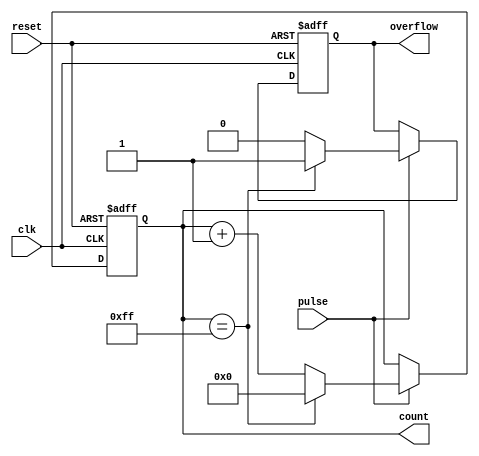
module PulseCounter #(
    parameter N = 8 // Bit width of the counter
) (
    input wire clk,            // Clock signal
    input wire pulse,          // Pulse input signal
    input wire reset,          // Reset signal
    output reg [N-1:0] count,  // Current count value
    output reg overflow        // Overflow signal
);

    // Synchronous reset and counting logic
    always @(posedge clk or posedge reset) begin
        if (reset) begin
            count <= 0;        // Reset the count to zero
            overflow <= 0;     // Clear overflow signal
        end else begin
            if (pulse) begin
                if (count == (2**N - 1)) begin
                    count <= 0; // Wrap around to zero on overflow
                    overflow <= 1; // Set overflow signal
                end else begin
                    count <= count + 1; // Increment the counter
                    overflow <= 0; // Clear overflow signal
                end
            end
        end
    end

endmodule